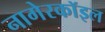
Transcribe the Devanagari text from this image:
नागेरकॉइल